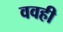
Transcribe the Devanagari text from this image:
ववही